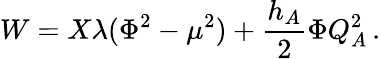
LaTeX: W=X\lambda(\Phi^{2}-\mu^{2})+{\frac{h_{A}}{2}}\Phi Q_{A}^{2}\, .